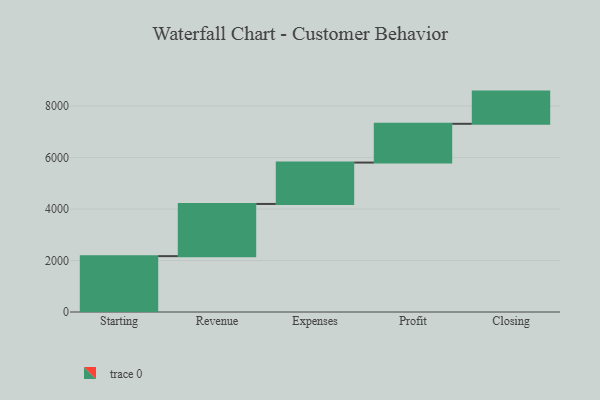
{"axis": {"x": "Step", "y": "Value"}, "legend": [""], "data": [{"x": "Starting", "y": 2170.0, "type": ""}, {"x": "Revenue", "y": 2028.0, "type": ""}, {"x": "Expenses", "y": 1608.0, "type": ""}, {"x": "Profit", "y": 1506.0, "type": ""}, {"x": "Closing", "y": 1251.0, "type": ""}]}